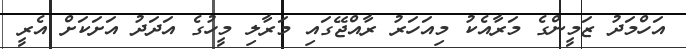
އަހްމަދު ޒަމީންގެ މަރާއެކު މިއަހަރު ރާއްޖޭގައި މަރާލި މީހުގެ އަދަދު އަށަކަށް އެރީ